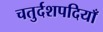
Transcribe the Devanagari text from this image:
चतुर्दशपदियाँ